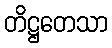
တိဋ္ဌတေသာ